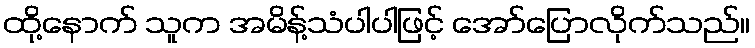
ထို့နောက် သူက အမိန့်သံပါပါဖြင့် အော်ပြောလိုက်သည်။